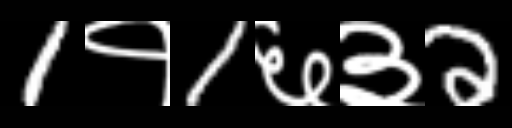
Text: 1१1६३2